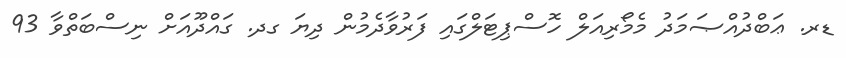
ޑރ. ޢަބްދުއްޞަމަދު މެމޯރިއަލް ހޮސްޕިޓަލްގައި ފަރުވާދެމުން ދިޔަ ގދ. ގައްދޫއަށް ނިސްބަތްވާ 93